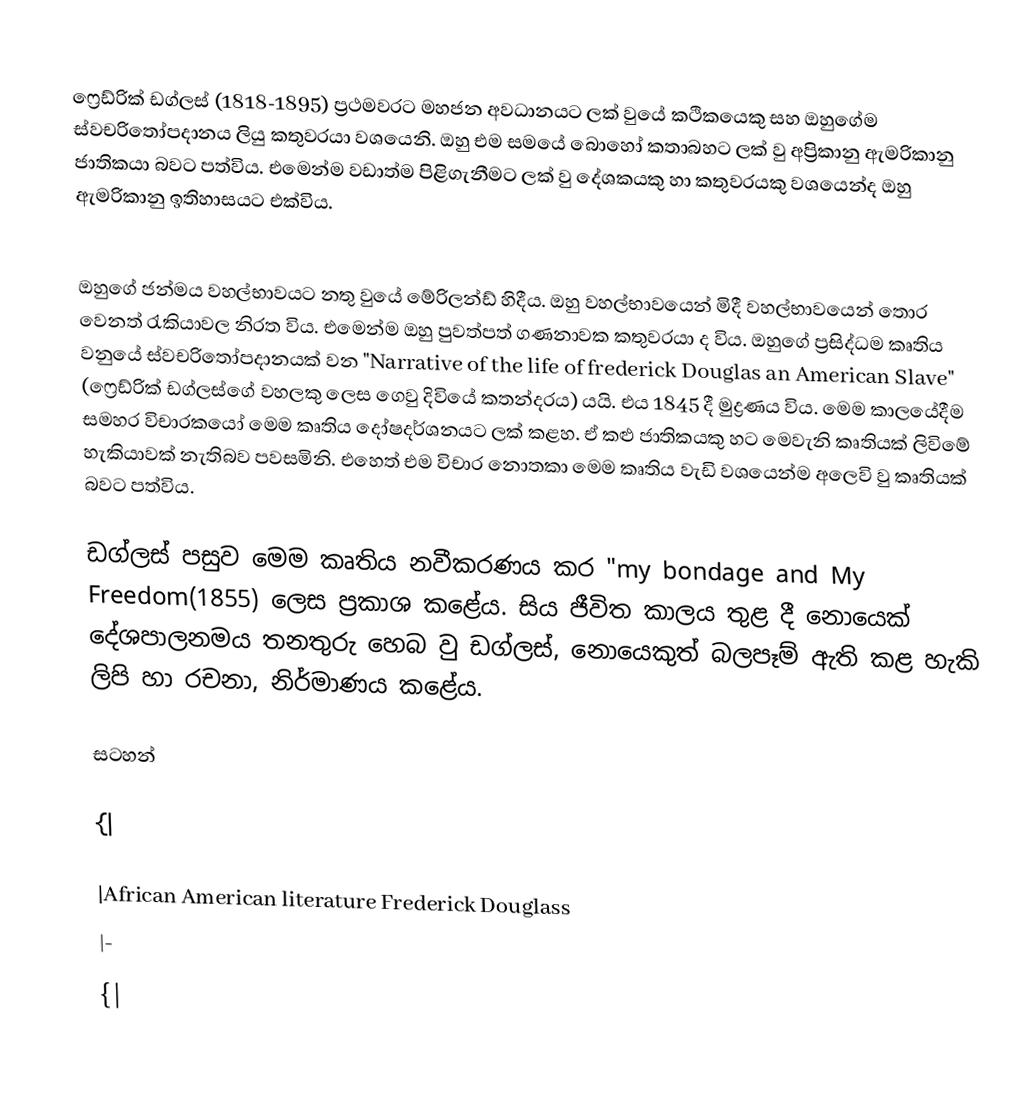
‍
ෆ්‍රෙඩ්රික් ඩග්ලස් (1818-1895) ප්‍රථමවරට මහජන අවධානයට ලක් වුයේ කථිකයෙකු සහ ඔහුගේම ස්වචරිතෝපදානය ලියු කතුවරයා වශයෙනි. ඔහු එම සමයේ බොහෝ කතාබහට ලක් වු අප්‍රිකානු ඇමරිකානු ජාතිකයා බවට පත්විය. එමෙන්ම වඩාත්ම පිළිගැනීමට ලක් වු දේශකයකු හා කතුවරයකු වශයෙන්ද ඔහු ඇමරිකානු ඉතිහාසයට එක්විය.

ඔහුගේ ජන්මය වහල්භාවයට නතු වුයේ මේරිලන්ඩ් හිදීය. ඔහු වහල්භාවයෙන් මිදී වහල්භාවයෙන් තොර වෙනත් රැකියාවල නිරත විය. එමෙන්ම ඔහු පුවත්පත් ගණනාවක කතුවරයා ද විය. ඔහුගේ ප්‍රසිද්ධම කෘතිය වනුයේ ස්වචරිතෝපදානයක් වන "Narrative of the life of frederick Douglas an American Slave" (ෆ්‍රෙඩ්රික් ඩග්ලස්ගේ වහලකු ලෙස ගෙවු දිවියේ කතන්දරය) යයි. එය 1845 දී මුද්‍රණය විය. මෙම කාලයේදීම සමහර විචාරකයෝ මෙම කෘතිය දෝෂදර්ශනයට ලක් කළහ. ඒ කළු ජාතික‍යකු හට මෙවැනි කෘතියක් ලිවිමේ හැකියාවක් නැතිබව පවසමිනි. එහෙත් එම විචාර නොතකා මෙම කෘතිය වැඩි වශයෙන්ම අලෙවි වු කෘතියක් බවට පත්විය.

ඩග්ලස් පසුව මෙම කෘතිය නවීකරණය කර "my bondage and My Freedom(1855) ලෙස ප්‍රකාශ කළේය. සිය ජීවිත කාලය තුළ දී නොයෙක් දේශපාලනමය තනතුරු හෙබ වු ඩග්ලස්, නොයෙකුත් බලපෑම් ඇති කළ හැකි ලිපි හා රචනා, නිර්මාණය කළේය.

සටහන්

{|

|African American literature Frederick Douglass
|-
{|